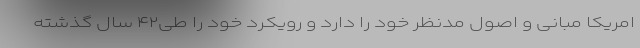
امریکا مبانی و اصول مدنظر خود را دارد و رویکرد خود را طی۴۲ سال گذشته